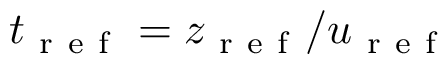
t _ { \mathrm { ~ r ~ e ~ f ~ } } = z _ { \mathrm { ~ r ~ e ~ f ~ } } / u _ { \mathrm { ~ r ~ e ~ f ~ } }